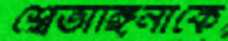
শ্বেতাঙ্গিনীকে